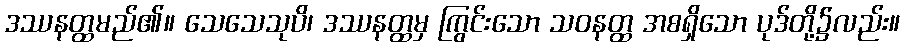
ဒဿနတ္ထမည်၏။ သေသေသုပိ၊ ဒဿနတ္ထမှ ကြွင်းသော သဝနတ္ထ အစရှိသော ပုဒ်တို့၌လည်း။